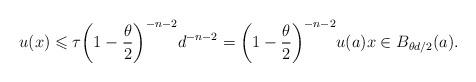
LaTeX: \begin{align*}u(x) \leqslant \tau \bigg (1-\frac \theta2\bigg )^{-n-2} d^{-n-2} = \bigg (1-\frac\theta 2\bigg )^{-n-2} u(a) x\in B_{\theta d/2}(a). \end{align*}